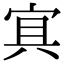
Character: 𡨋